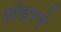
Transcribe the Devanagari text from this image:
खंडपणे